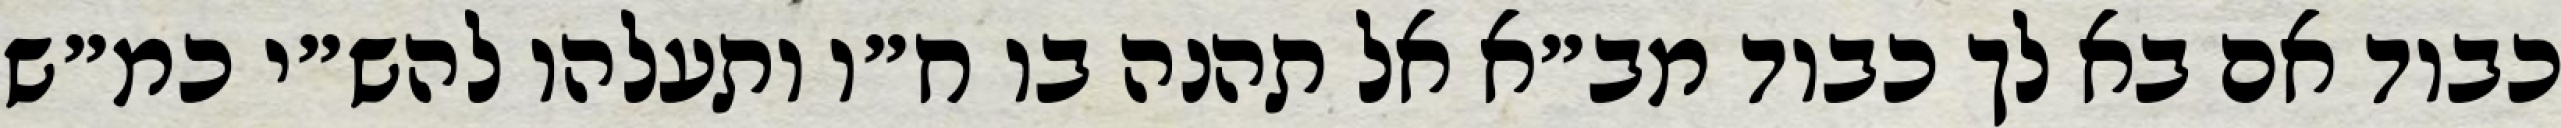
כבוד אם בא לך כבוד מב״א אל תהנה בו ח״ו ותעלהו להש״י כמ״ש